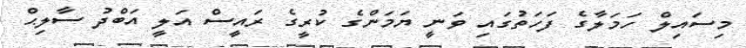
މިސައިލް ހަމަލާގެ ފަހަތުގައި ވަނީ ޔަމަންގެ ކުރީގެ ރައީސް އަލީ އަބްދު ސާލިޙް